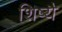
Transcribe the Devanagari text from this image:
शिष्यै